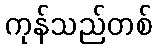
ကုန်သည်တစ်